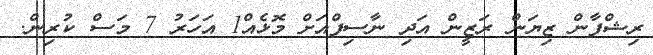
ރިޝްފާން ޒިޔަން ރަޒީން އަދި ނާސިފްއަށް މޮޅެއް1 އަހަރު 7 މަސް ކުރިން.